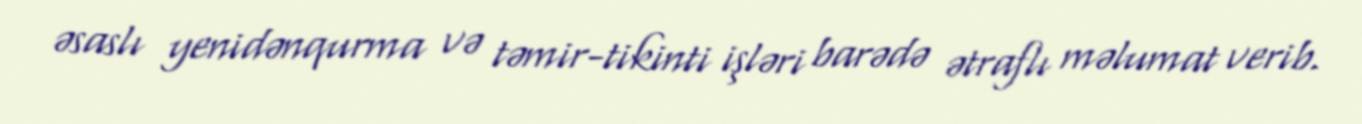
əsaslı yenidənqurma və təmir-tikinti işləri barədə ətraflı məlumat verib.